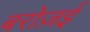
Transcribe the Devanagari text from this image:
बरोज़ई